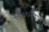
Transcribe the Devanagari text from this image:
१९७०रोजी